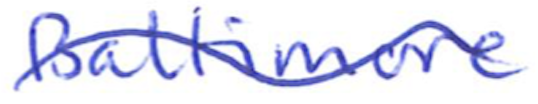
Text: Baltimore
Cross-out: mix
Writing tool: ballpoint